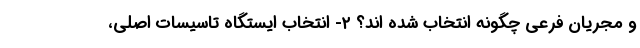
و مجریان فرعی چگونه انتخاب شده اند؟ ۲- انتخاب ایستگاه تاسیسات اصلی،